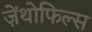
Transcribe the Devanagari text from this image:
ज़ेंथोफिल्स